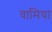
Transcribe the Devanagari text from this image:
वामिया